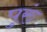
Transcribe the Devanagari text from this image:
पुरुं